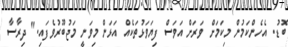
ބޮޑު. އެހެންކަމުން މިކަމަށް ވަރަށް އަވަސް ފިޔަވަޅުތަކެއް އަޅަން މިވަނީ މަޖުބޫރުވެފައި." ދިރާސާ